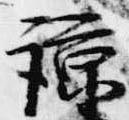
諒